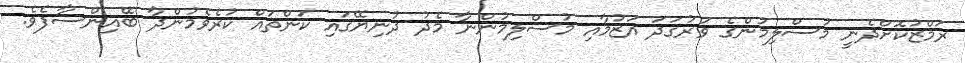
ރަމްޒުކޮށްދެނީ މުސްލިމުންގެ ވަރުގަދަ އަޒުމާއި މުސްލިމުންނާ މެދު ދުނިޔޭގައި ކަންތައް ކުރެވެމުންދާ ބޭއިންސާފެވެ.